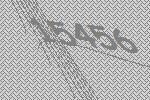
15456